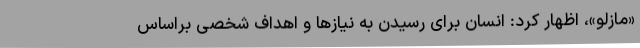
«مازلو»، اظهار کرد: انسان برای رسیدن به نیازها و اهداف شخصی براساس